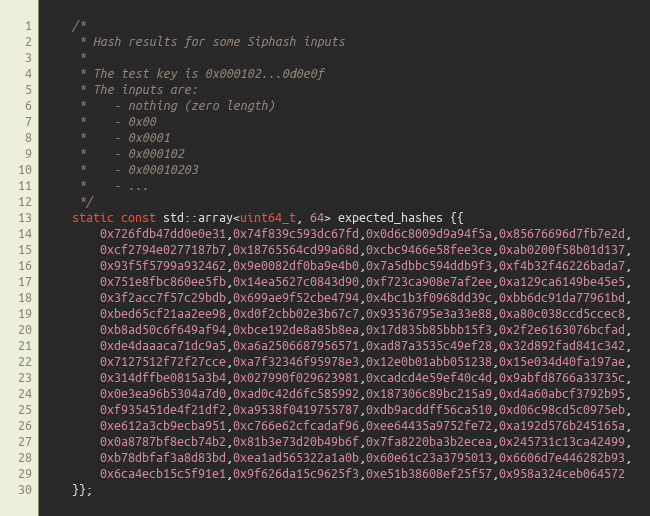
Language: C++
	/*
	 * Hash results for some Siphash inputs
	 *
	 * The test key is 0x000102...0d0e0f
	 * The inputs are:
	 *    - nothing (zero length)
	 *    - 0x00
	 *    - 0x0001
	 *    - 0x000102
	 *    - 0x00010203
	 *    - ...
	 */
	static const std::array<uint64_t, 64> expected_hashes {{
		0x726fdb47dd0e0e31,0x74f839c593dc67fd,0x0d6c8009d9a94f5a,0x85676696d7fb7e2d,
		0xcf2794e0277187b7,0x18765564cd99a68d,0xcbc9466e58fee3ce,0xab0200f58b01d137,
		0x93f5f5799a932462,0x9e0082df0ba9e4b0,0x7a5dbbc594ddb9f3,0xf4b32f46226bada7,
		0x751e8fbc860ee5fb,0x14ea5627c0843d90,0xf723ca908e7af2ee,0xa129ca6149be45e5,
		0x3f2acc7f57c29bdb,0x699ae9f52cbe4794,0x4bc1b3f0968dd39c,0xbb6dc91da77961bd,
		0xbed65cf21aa2ee98,0xd0f2cbb02e3b67c7,0x93536795e3a33e88,0xa80c038ccd5ccec8,
		0xb8ad50c6f649af94,0xbce192de8a85b8ea,0x17d835b85bbb15f3,0x2f2e6163076bcfad,
		0xde4daaaca71dc9a5,0xa6a2506687956571,0xad87a3535c49ef28,0x32d892fad841c342,
		0x7127512f72f27cce,0xa7f32346f95978e3,0x12e0b01abb051238,0x15e034d40fa197ae,
		0x314dffbe0815a3b4,0x027990f029623981,0xcadcd4e59ef40c4d,0x9abfd8766a33735c,
		0x0e3ea96b5304a7d0,0xad0c42d6fc585992,0x187306c89bc215a9,0xd4a60abcf3792b95,
		0xf935451de4f21df2,0xa9538f0419755787,0xdb9acddff56ca510,0xd06c98cd5c0975eb,
		0xe612a3cb9ecba951,0xc766e62cfcadaf96,0xee64435a9752fe72,0xa192d576b245165a,
		0x0a8787bf8ecb74b2,0x81b3e73d20b49b6f,0x7fa8220ba3b2ecea,0x245731c13ca42499,
		0xb78dbfaf3a8d83bd,0xea1ad565322a1a0b,0x60e61c23a3795013,0x6606d7e446282b93,
		0x6ca4ecb15c5f91e1,0x9f626da15c9625f3,0xe51b38608ef25f57,0x958a324ceb064572
	}};